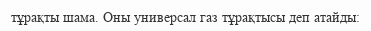
тұрақты шама. Оны универсал газ тұрақтысы деп атайды: